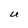
Character: U